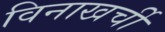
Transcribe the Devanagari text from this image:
विनाखर्ची